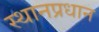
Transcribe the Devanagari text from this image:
स्थानप्रधान